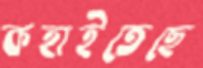
কহাইতেছে